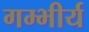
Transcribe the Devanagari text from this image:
गम्भीर्य